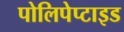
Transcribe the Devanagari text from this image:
पोलिपेप्टाइड